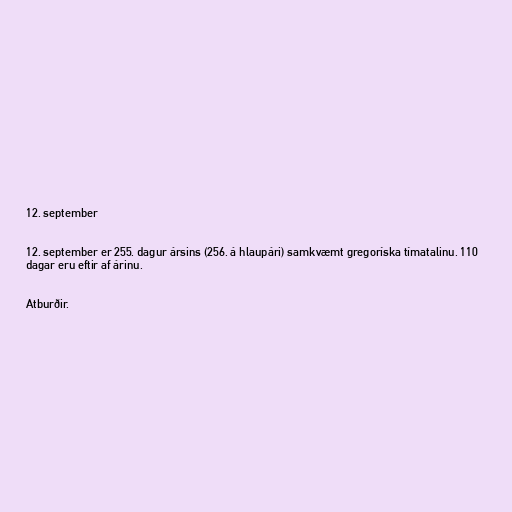
12. september

12. september er 255. dagur ársins (256. á hlaupári) samkvæmt gregoríska tímatalinu. 110
dagar eru eftir af árinu.

Atburðir.